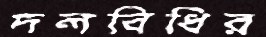
দলবিধির